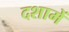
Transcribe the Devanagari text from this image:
दशामें